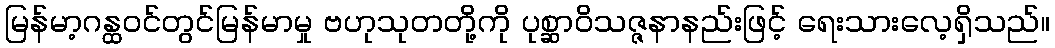
မြန်မာ့ဂန္ထဝင်တွင်မြန်မာမှု ဗဟုသုတတို့ကို ပုစ္ဆာဝိသဇ္ဇနာနည်းဖြင့် ရေးသားလေ့ရှိသည်။